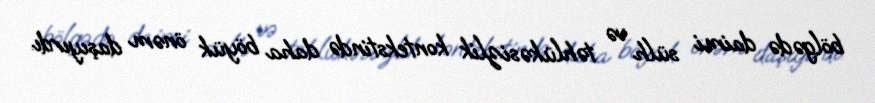
bölgədə daimi sülh və təhlükəsizlik kontekstində daha böyük önəm daşıyırdı.